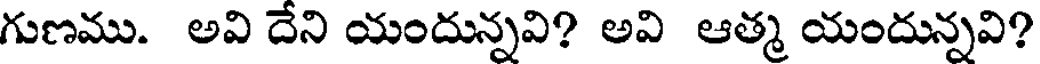
గుణము. అవి దేని యందున్నవి? అవి ఆత్మ యందున్నవి?